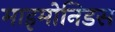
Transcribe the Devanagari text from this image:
माइमोनिडस